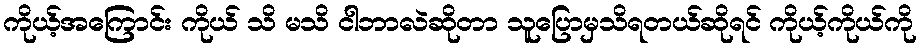
ကိုယ့်အကြောင်း ကိုယ် သိ မသိ ငါဘာလဲဆိုတာ သူပြောမှသိရတယ်ဆိုရင် ကိုယ့်ကိုယ်ကို